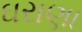
ઘરાણા